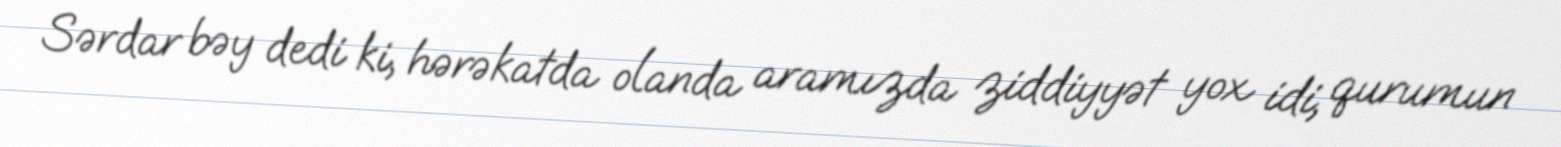
Sərdar bəy dedi ki, hərəkatda olanda aramızda ziddiyyət yox idi, qurumun